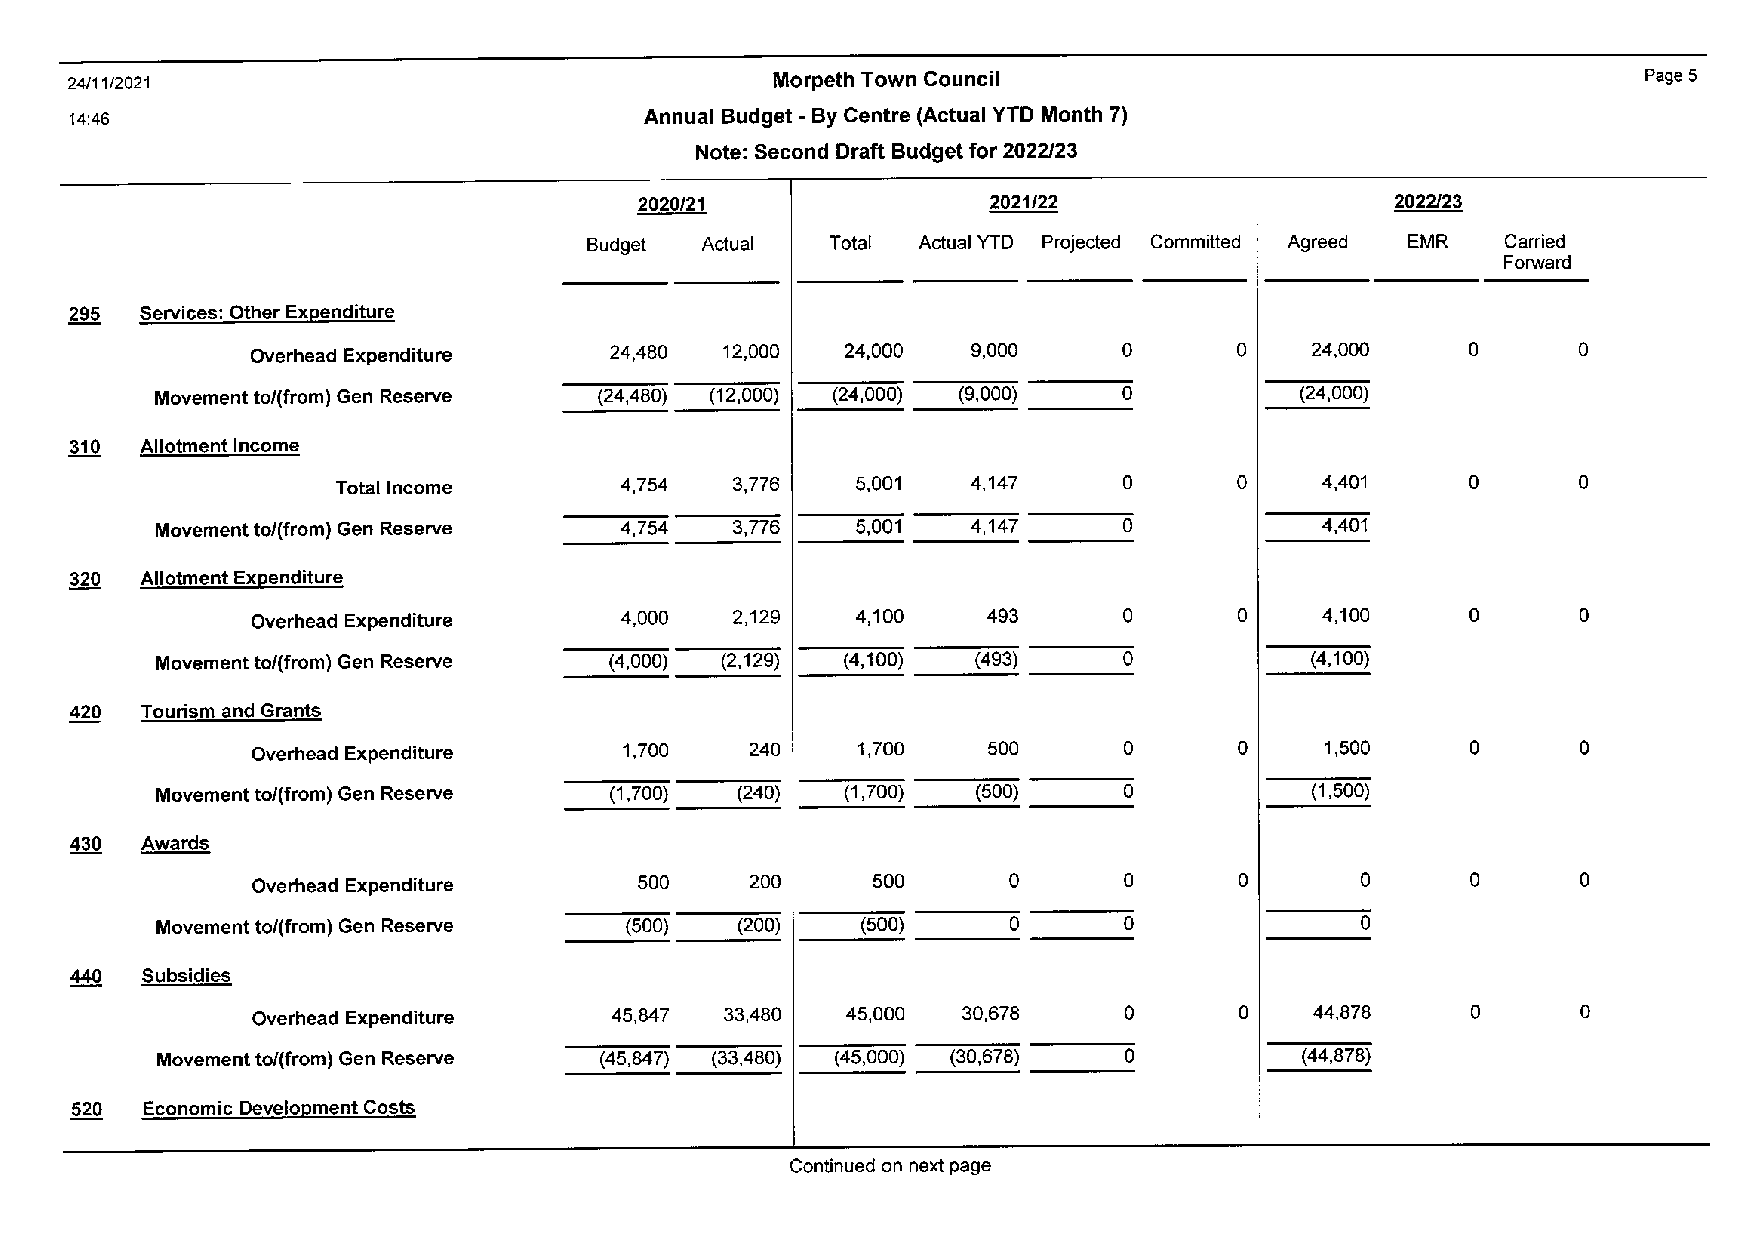
24/11/2021                                    Morpeth Town Council                                      Page 5
 14:46                                 Annual Budget -By Centre (Actual YTD Month 7)
 Note: Second Draft Budget for 2022/23
 2020/21                 2021/22                   2022/23
 Budget Actual   Total Actual YTD Projected Committed Agreed EMR Carried
 Forward
 295 Services: Other Exe;enditure
 Overhead Expenditure   24,480  12,000  24,000  9,000     0       0    24,000    0      0
 Movement to/(from) Gen Reserve (24,480) (12,000) (24,000) (9,000) 0         (24,000)
 310 Allotment Income
 Total Income       4,754  3,776    5,001  4,147     0       0    4,401     0      0
 Movement to/(from) Gen Reserve 4,754  3,776    5,001  4,147     0            4,401
 320 Allotment Exeenditure
 Overhead Expenditure    4,000   2,129   4,100   493      0       0    4,100     0      0
 Movement to/(from) Gen Reserve (4,000) (2,129) (4,100) (493)    0            (4,100)
 420 Tourism and Grants
 Overhead Expenditure    1,700    240    1,700   500      0       0     1,500    0      0
 Movement to/(from) Gen Reserve (1,700) (240)  (1,700)  (500)    0            (1,500)
 430 Awards
 Overhead Expenditure     500     200     500      0      0       0       0      0       0
 Movement to/(from) Gen Reserve (500)   (200)   (500)     0      0               0
 440 Subsidies
 Overhead Expenditure   45,847  33,480  45,000  30,678    0       0    44,878    0       0
 Movement to/(from) Gen Reserve (45,847) (33,480) (45,000) (30,678) 0        (44,878)
 520  Economic Develoement Costs
 Continued on next page